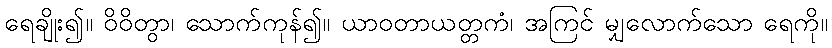
ရေချိုး၍။ ဝိဝိတွာ၊ သောက်ကုန်၍။ ယာဝတာယတ္တကံ၊ အကြင် မျှလောက်သော ရေကို။